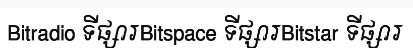
Bitradio ទីផ្សារBitspace ទីផ្សារBitstar ទីផ្សារ